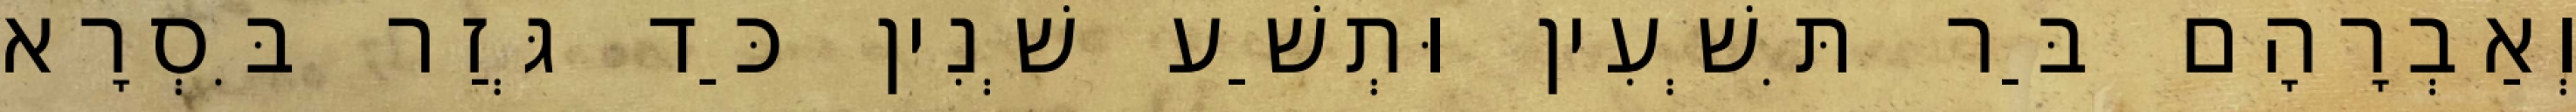
וְאַבְרָהָם בַּר תִּשְׁעִין וּתְשַׁע שְׁנִין כַּד גְּזַר בִּסְרָא